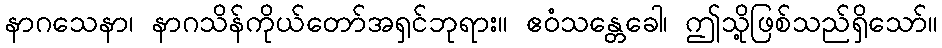
နာဂသေနာ၊ နာဂသိန်ကိုယ်တော်အရှင်ဘုရား။ ဧဝံသန္တေခေါ၊ ဤသို့ဖြစ်သည်ရှိသော်။